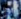
اذى